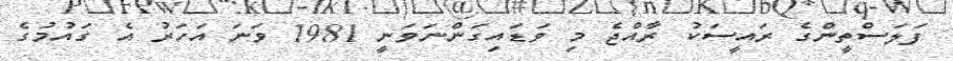
ފަލަސްތީންގެ ރައީސަކު ރާއްޖެ މި ވަޑައިގަންނަވަނީ 1981 ވަނަ އަހަރު އެ ގައުމުގެ